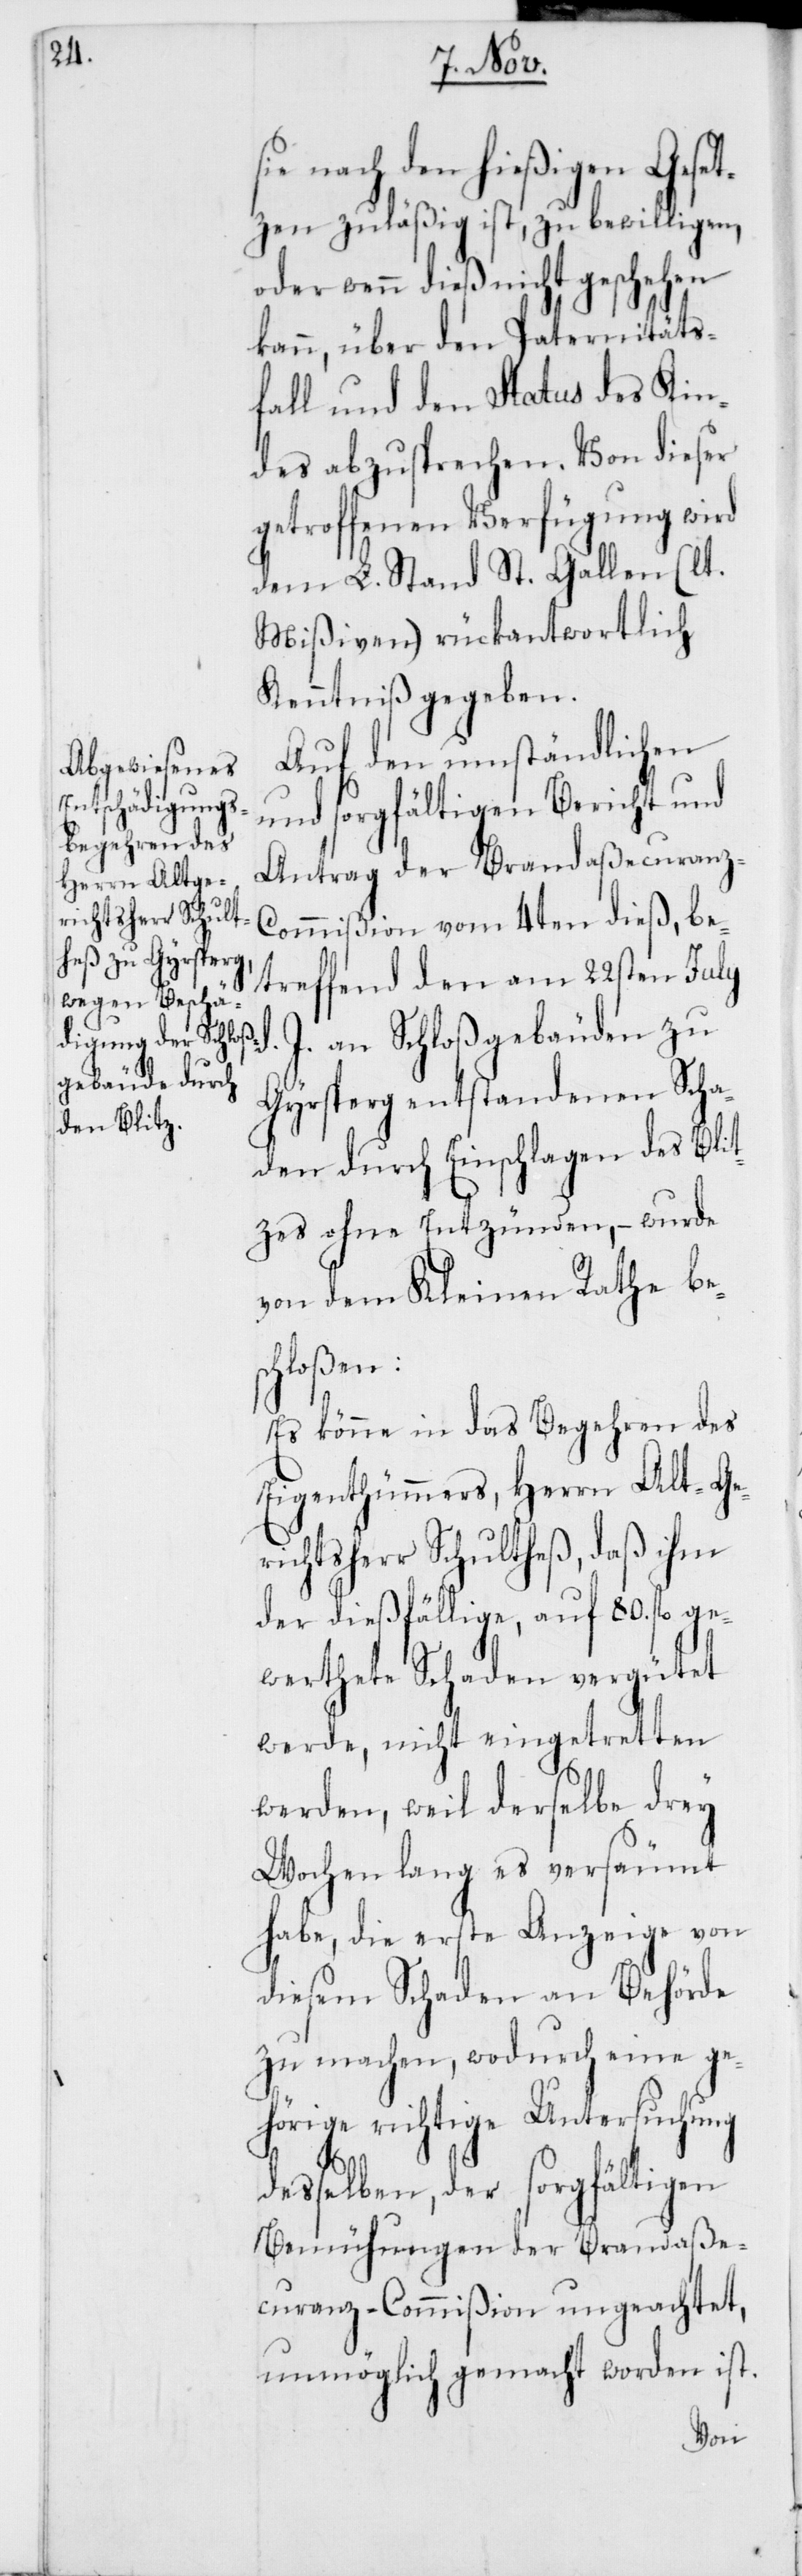
nach den hießigen Gese¬
tzen zuläßig ist, zu bewilligen,
oder wenn dieß nicht geschehen
kann, über den Paternitäts¬
fall und den Status des Kin¬
des abzusprechen. Von dieser
getroffenen Verfügung wird
dem L. Stand St. Gallen (lt.
Mißiven) rückantwortlich
Kenntniß gegeben.
Auf den umständlichen
und sorgfältigen Bericht und
Antrag der Brandaßecuranz-C¬
ommißion vom 4ten dieß, be¬
treffend den am 22sten July
J. an Schloßgebäuden zu
Girsberg entstandenen Scha¬
den durch Einschlagen des Blit¬
zes ohne Entzünden, – wurde
von dem Kleinen Rathe bes¬
chloßen:
Es könne in das Begehren des
Eigenthümmers, Herrn Alt-Ge¬
richtsherr Schultheß, daß ihm
der dießfällige, auf 80. fl. ge¬
werthete Schaden vergütet
werde, nicht eingetretten
werden, weil derselbe drey
Wochen lang es versäumt
habe, die erste Anzeige von
diesem Schaden an Behörde
zu machen, wodurch eine ge¬
hörige richtige Untersuchung
desselben, der sorgfältigen
Bemühungen der Brandaße¬
curanz-Commißion ungeachtet,
unmöglich gemacht worden ist.